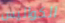
الكواليس